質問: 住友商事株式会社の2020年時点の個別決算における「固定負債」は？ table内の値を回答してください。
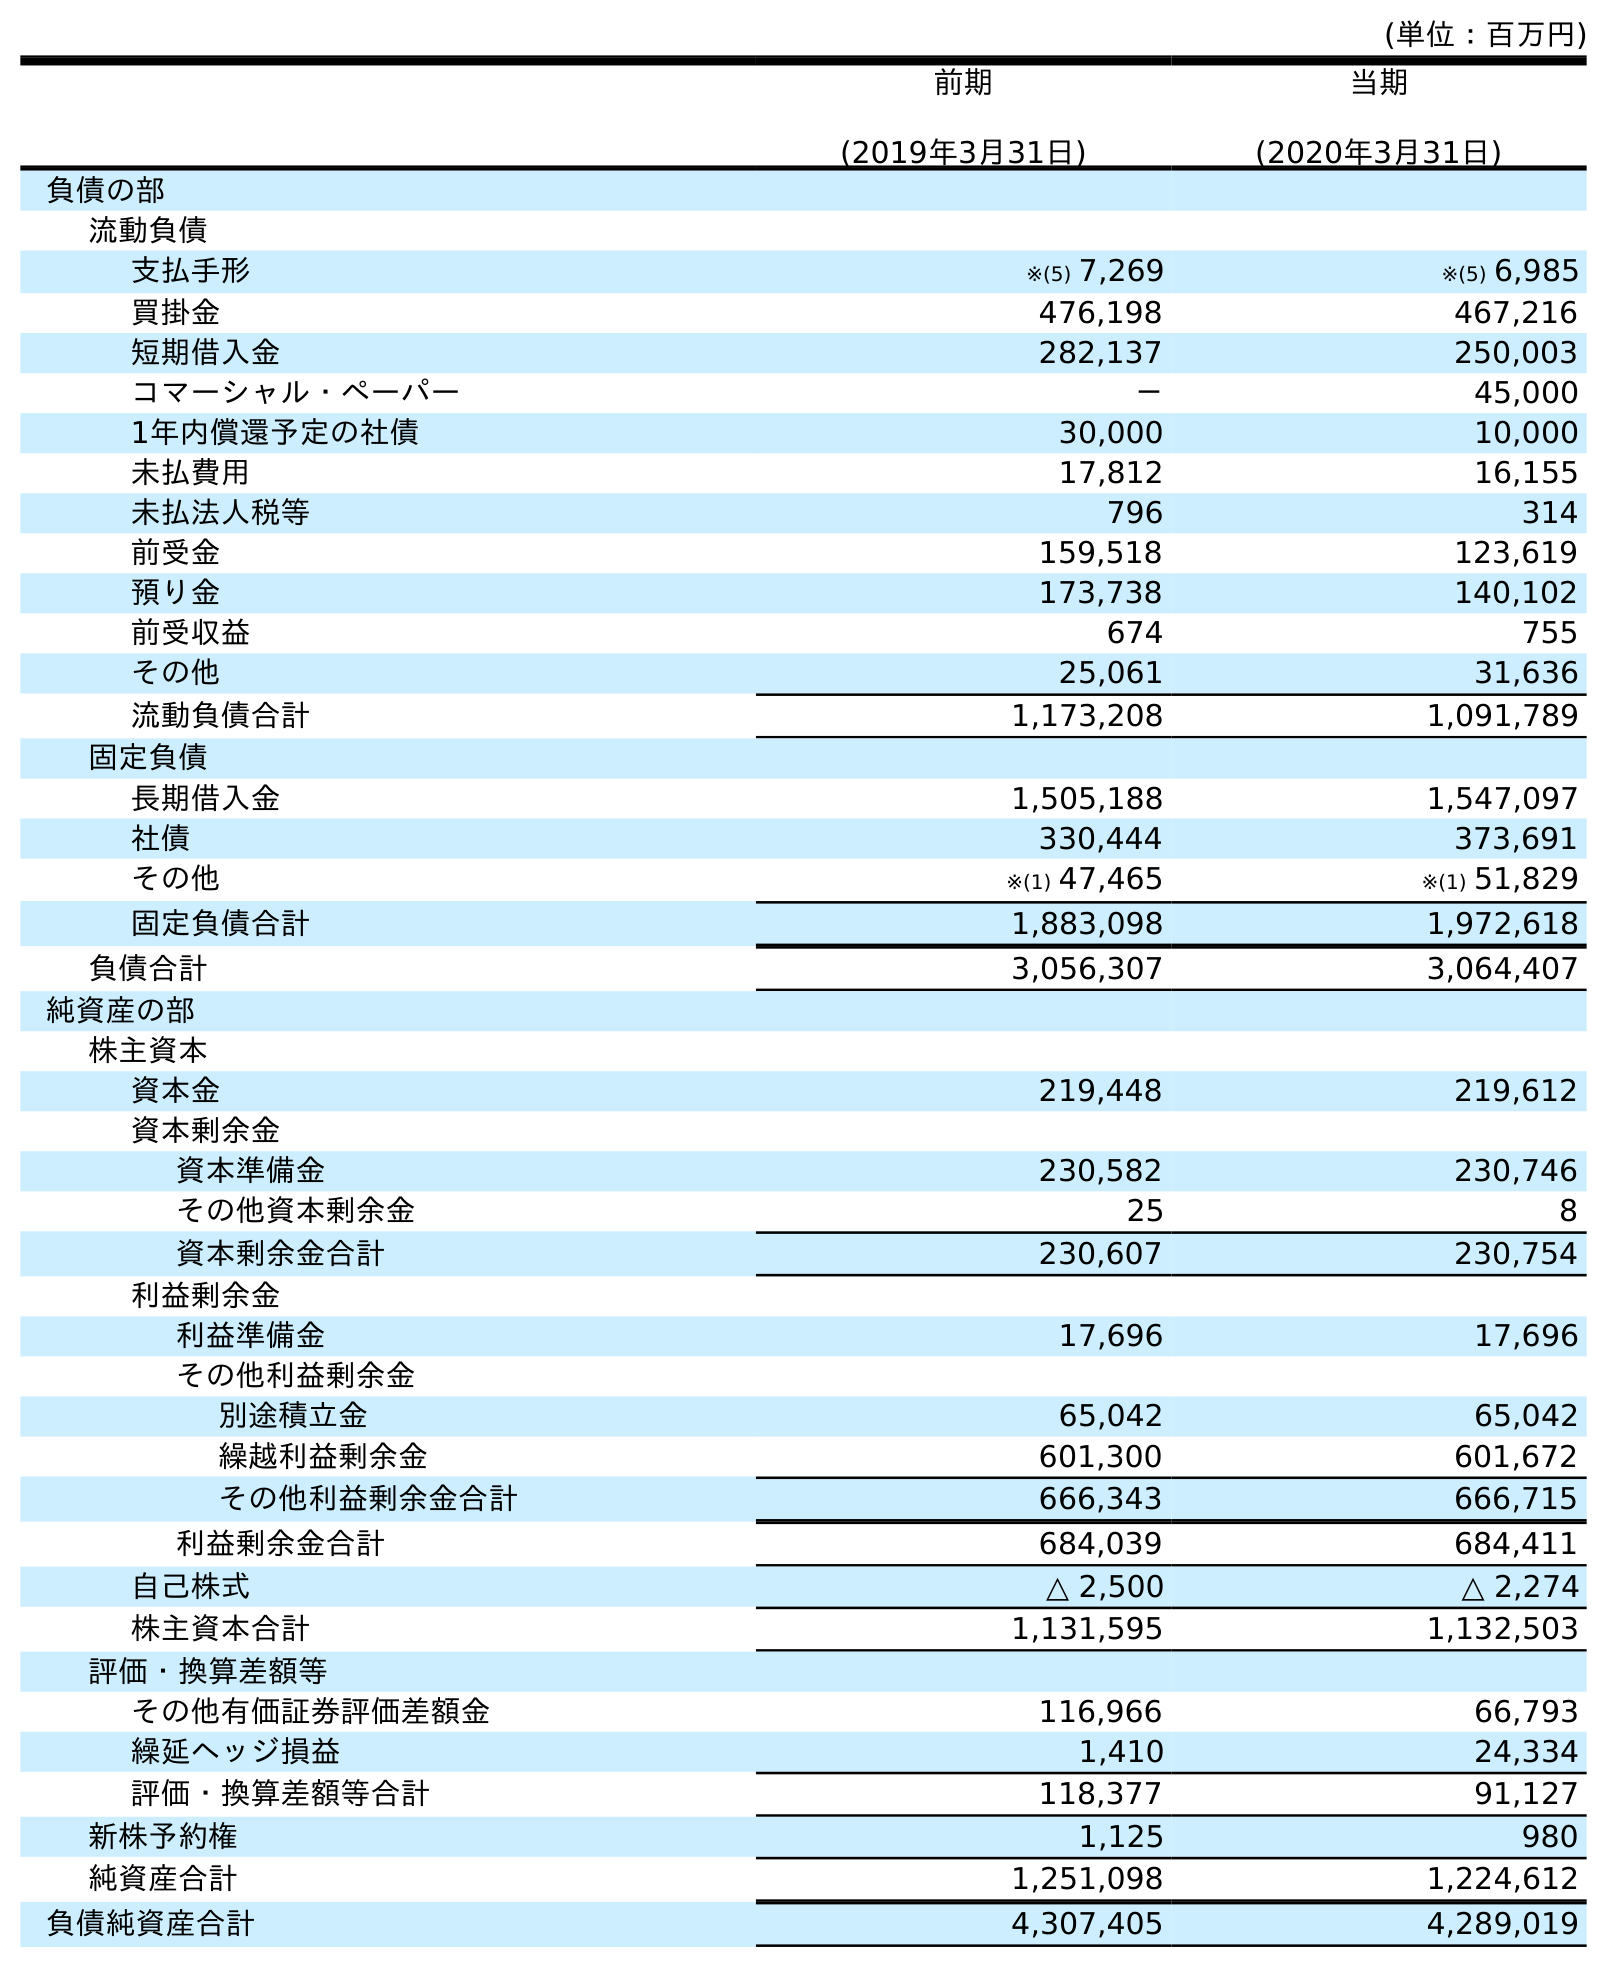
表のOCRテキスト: (単位：百万円) 前期 (2019年3月31日) 当期 (2020年3月31日) 負債の部 流動負債 支払手形 ※(5) 7,269 ※(5) 6,985 買掛金 476,198 467,216 短期借入金 282,137 250,003 コマーシャル・ペーパー － 45,000 1年内償還予定の社債 30,000 10,000 未払費用 17,812 16,155 未払法人税等 796 314 前受金 159,518 123,619 預り金 173,738 140,102 前受収益 674 755 その他 25,061 31,636 流動負債合計 1,173,208 1,091,789 固定負債 長期借入金 1,505,188 1,547,097 社債 330,444 373,691 その他 ※(1) 47,465 ※(1) 51,829 固定負債合計 1,883,098 1,972,618 負債合計 3,056,307 3,064,407 純資産の部 株主資本 資本金 219,448 219,612 資本剰余金 資本準備金 230,582 230,746 その他資本剰余金 25 8 資本剰余金合計 230,607 230,754 利益剰余金 利益準備金 17,696 17,696 その他利益剰余金 別途積立金 65,042 65,042 繰越利益剰余金 601,300 601,672 その他利益剰余金合計 666,343 666,715 利益剰余金合計 684,039 684,411 自己株式 △ 2,500 △ 2,274 株主資本合計 1,131,595 1,132,503 評価・換算差額等 その他有価証券評価差額金 116,966 66,793 繰延ヘッジ損益 1,410 24,334 評価・換算差額等合計 118,377 91,127 新株予約権 1,125 980 純資産合計 1,251,098 1,224,612 負債純資産合計 4,307,405 4,289,019
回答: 1,972,618